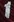
1